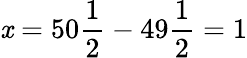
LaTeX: \mathit{x}=50{\frac{{1}}{{2}}}-49{\frac{{1}}{{2}}}=1